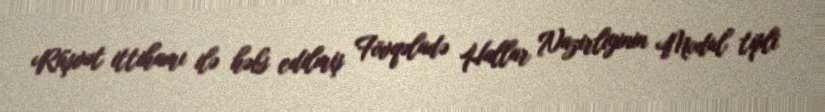
Rüşvət ittihamı ilə həbs edilmiş Fövqəladə Hallar Nazirliyinin Modul tipli